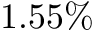
1 . 5 5 \%